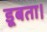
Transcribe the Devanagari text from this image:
डूबता।